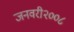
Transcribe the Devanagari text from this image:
जनवरी२००८